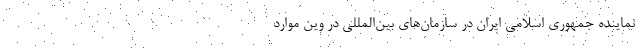
نماینده جمهوری اسلامی ایران در سازمان‌های بین‌المللی در وین موارد